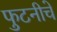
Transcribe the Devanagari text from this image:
फुटनीचे